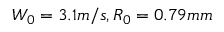
W _ { 0 } = 3 . 1 m / s , R _ { 0 } = 0 . 7 9 m m